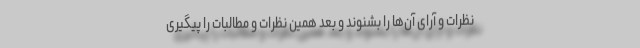
نظرات و آرای آن‌ها را بشنوند و بعد همین نظرات و مطالبات را پیگیری